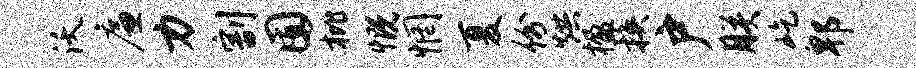
沃廉力割囿枇慨惘夏份烘楹换户朕屹郫